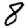
Digit: 8